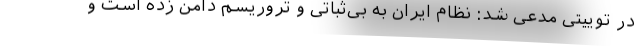
در توییتی مدعی شد: نظام ایران به بی‌ثباتی و تروریسم دامن زده است و